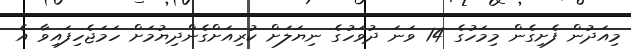
މިއަދުން ފެށިގެން މިމަހުގެ 14 ވަނަ ދުވަހުގެ ނިޔަލަށް ކުރިއަށްގެންދިޔުމަށް ހަމަޖެހިފައިވާ އެ